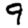
Digit: 9